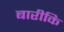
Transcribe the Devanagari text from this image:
बारीकि